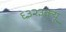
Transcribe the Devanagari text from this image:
६३२३क्यू